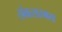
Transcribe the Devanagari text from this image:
संवत्सरमय